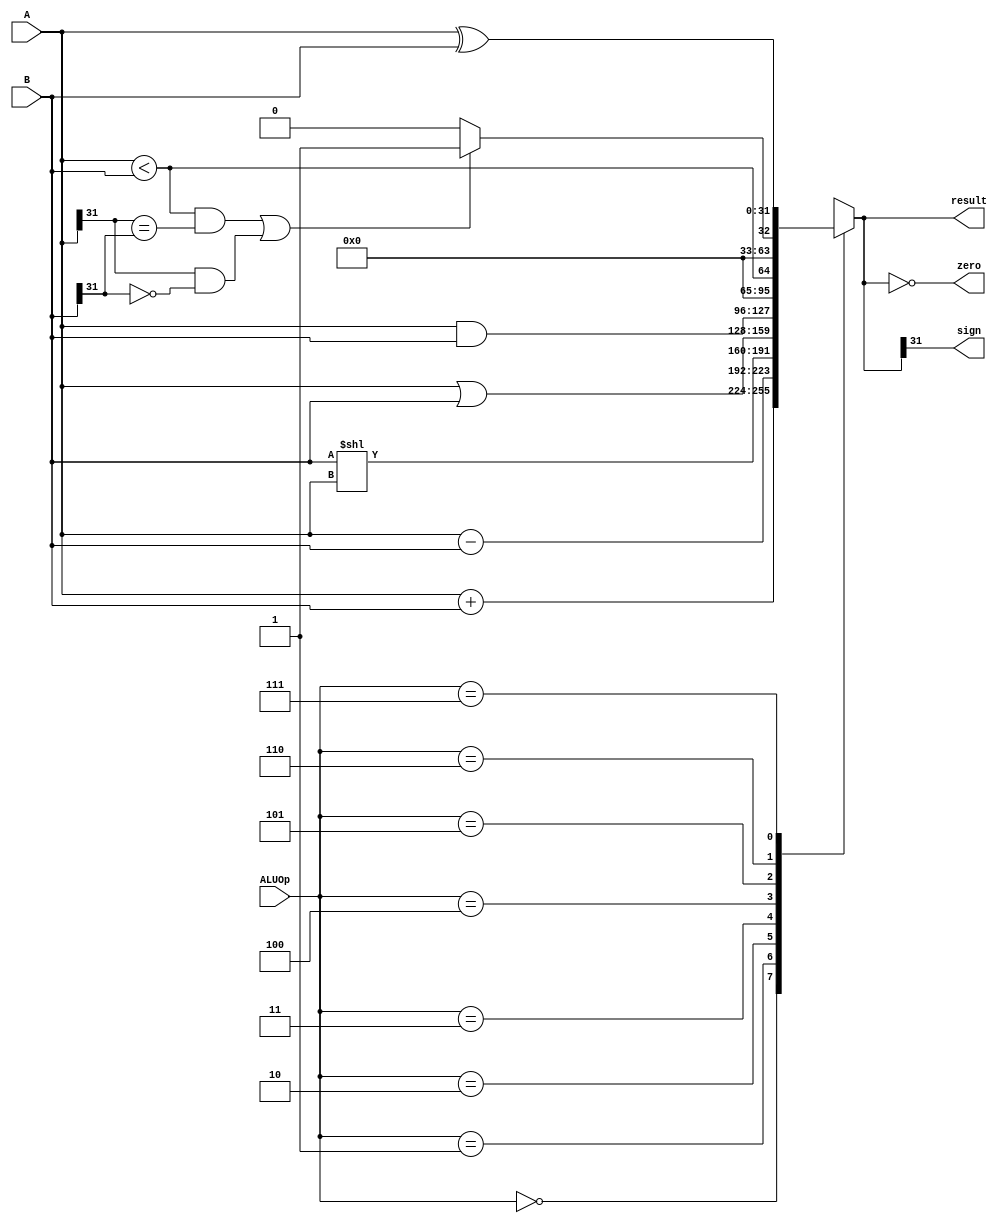
`timescale 1ns / 1ps
//////////////////////////////////////////////////////////////////////////////////
// Company: 
// Engineer: 
// 
// Design Name: 
// Module Name: ALU
// Project Name: 
// Target Devices: 
// Tool Versions: 
// Description: 
// 
// Dependencies: 
// 
// Revision:
// Revision 0.01 - File Created
// Additional Comments:
// 
//////////////////////////////////////////////////////////////////////////////////


module ALU(
    input[31:0] A,
    input[31:0] B,
    input[2:0] ALUOp,
    output sign,
    output zero,
    output reg[31:0] result
    );
    
    parameter opADD =    3'b000;//ADD, ADDIU
    parameter opSUB =    3'b001;//SUB, BEQ, BNE, BLTE
    parameter opSLL =    3'b010;//SLL
    parameter opOR =     3'b011;//ORI, OR
    parameter opAND =    3'b100;//ANDI, AND
    parameter opSLTU =   3'b101;
    parameter opSLT =    3'b110;
    parameter opXOR =    3'b111;
     
    assign zero = (result == 0);
    assign sign = result[31];
         
    always@(*)
        begin	
            case(ALUOp)   
            opADD:    result =    A + B;  
            opSUB:    result =    A - B;  
            opSLL:    result =    B << A;//sa is connected to input A, so we should write B << A
            opOR:     result =    A | B;
            opAND:    result =    A & B;
            opSLTU:   result =    A < B;
            //(((rega<regb) && (rega[31] == regb[31] )) ||( ( rega[31] ==1 && regb[31] == 0))) ? 1:0
            opSLT:    result =   (((A < B) && (A[31] == B[31] )) ||( ( A[31] == 1 && B[31] == 0))) ? 1:0;
            opXOR:    result =    A ^ B;
            default:  result =    0;
            endcase
        end           
endmodule